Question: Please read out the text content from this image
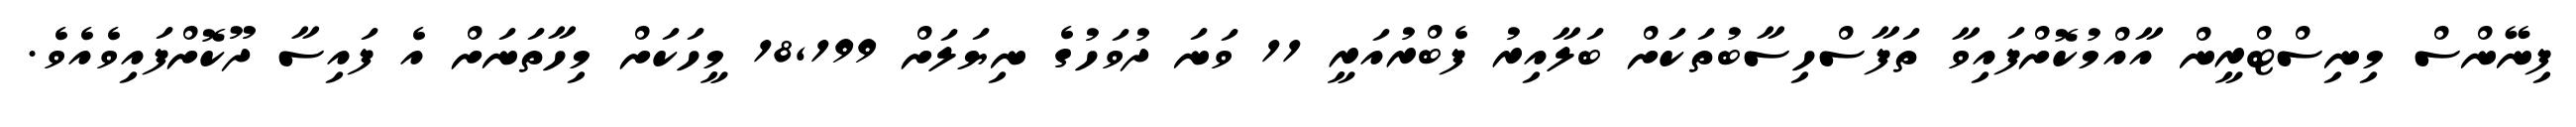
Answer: ފިނޭންސް މިނިސްޓްރީން އާއްމުކޮށްފައިވާ ތަފާސްހިސާބުތަކަށް ބަލާއިރު ފެބްރުއަރީ 11 ވަނަ ދުވަހުގެ ނިޔަލަށް 18,199 މީހަކަށް މިހާތަނަށް އެ ފައިސާ ދޫކޮށްފައިވެއެވެ.